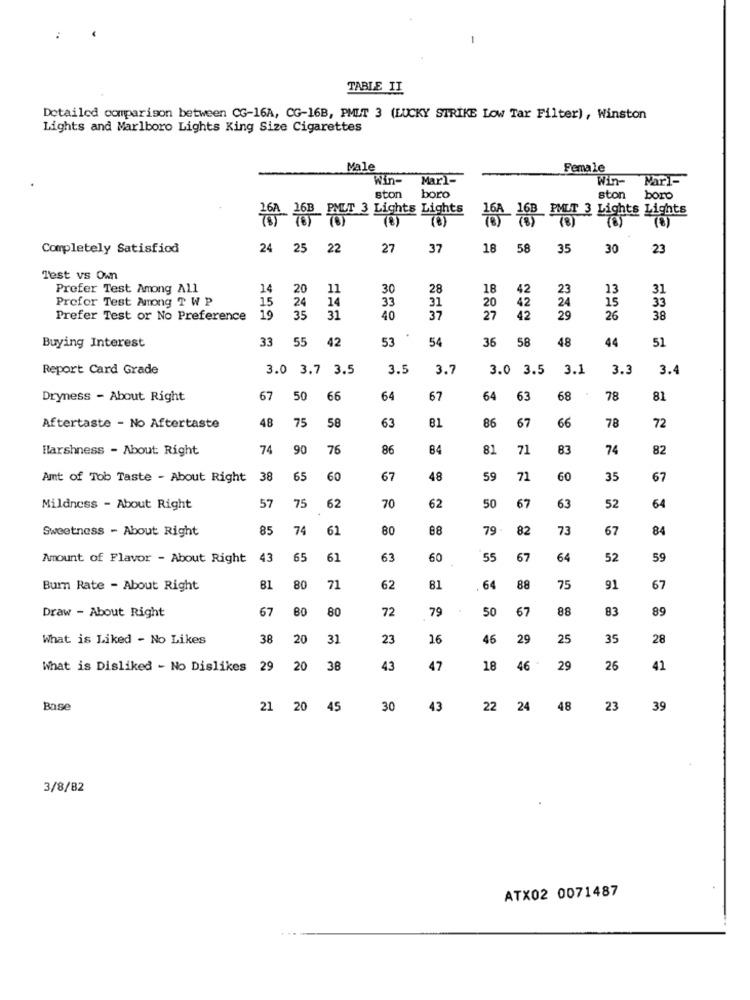
-
TABLE II
Detailed comparison between CG-16A, CG-16B, PMLT 3 (LUCKY STRIKE Low Tar Filter), Winston
Lights and Marlboro Lights King Size Cigarettes
Male
Female
Win-
Mar1-
Win-
Mart-
ston
boro
ston
boro
. PMUT 3 Lights Lights
_ PMILT 3 Lights Lights
(B)
(6)
Completely Satisfiod
24 25 22
27
37
18 58
35
30
-23
Test vs Own
Prefer Test Among All
14
20
11
30
28
18
42
23
13
31
Profor Test Among T W P
15
24
14
33
31
24
15
33
19
20
42
Prefer Test or No Preference
35
31
40
37
27
42
29
26
38
33 55 42
53
54
36 58
51
Buying Interest
48
44
Report Card Grade
3.0 3.7 3.5
3.5
3.7
3.0 3.5
3.1
3.3
3.4
Dryness - About Right
67
50
66
64
67
64
63
68
78
81
48
75
58
81
86
67
66
78
72
Aftertaste - No Aftertaste
63
Harshness - About: Right
74
90
75
86
84
81
71
83
74
82
Amt of Tob Taste - About Right
38
65
60
67
18
59
71
60
35
67
67
Mildness - About Right
57
75
62
70
62
50
63
52
64
Sweetness - About Right
85
74
61
80
88
79
82
73
67
84
Amount of Flavor - About Right
43
65
61
63
60
55
67
64
52
59
Burn Rate - About Right
81
80
71
62
81
64
88
75
91
67
Draw - About Right
67
80
80
72
79
50
67
88
83
89
What is Liked - No Likes
38
20
31
23
16
46
29
25
35
28
What is Disliked - No Dislikes
29
20
38
43
47
18
46 -
29
26
41
Base
21 20
45
30
43
22
24
48
23
39
3/8/82
ATX02 0071487